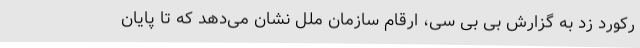
رکورد زد به گزارش بی بی سی، ارقام سازمان ملل نشان می‌دهد که تا پایان